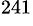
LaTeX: ^{241}